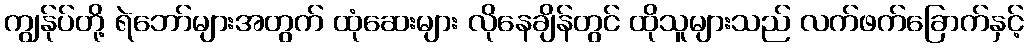
ကျွန်ုပ်တို့ ရဲဘော်များအတွက် ထုံဆေးများ လိုနေချိန်တွင် ထိုသူများသည် လက်ဖက်ခြောက်နှင့်